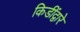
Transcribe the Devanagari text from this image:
किडींद्वारे